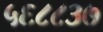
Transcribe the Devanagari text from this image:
५६८८३७